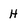
Character: H